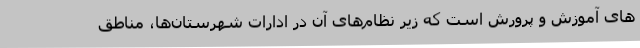
های آموزش و پرورش است که زیر نظام‌های آن در ادارات شهرستان‌ها، مناطق